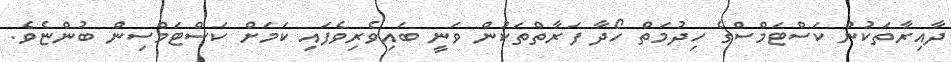
ދާއިރާތަކުން ކަސްޓަމްސްގެ ހިދުމަތް ހޯދާ ފަރާތްތަކުން ވަނީ ބައިވެރިވެފައި ކަމަށް ކަސްޓަމްސިން ބުންޏެވެ.